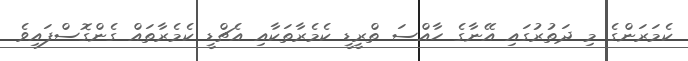
ކެމަރަންގެ މި ދަތުރުގައި އޭނާގެ ހާއްސަ ތްރީޑީ ކެމެރާތަކާއި އެޗްޑީ ކެމެރާތައް ގެންގޮސްފައިވެ